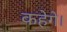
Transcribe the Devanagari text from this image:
कहेगे।